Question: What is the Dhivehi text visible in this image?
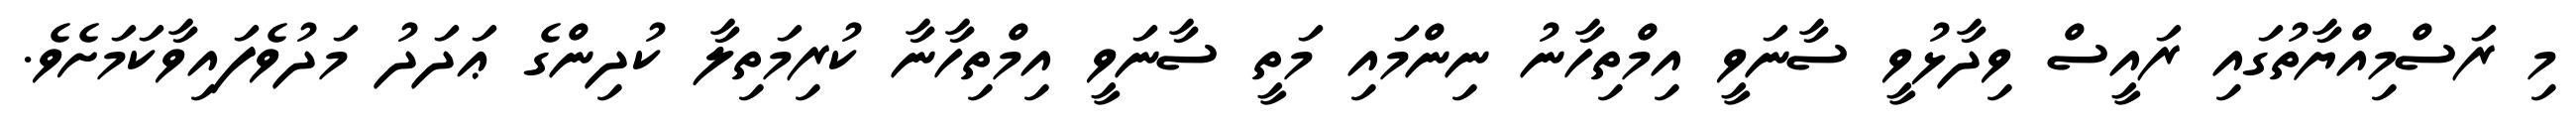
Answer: މި ރަސްމިއްޔާތުގައި ރައީސް ވިދާޅުވީ ސާނަވީ އިމްތިހާނު ނިންމައި މަތީ ސާނަވީ އިމްތިހާނާ ކުރިމަތިލާ ކުދިންގެ ޢަދަދު މަދުވެފައިވާކަމަށެވެ.